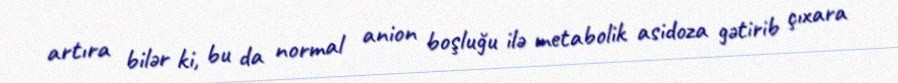
artıra bilər ki, bu da normal anion boşluğu ilə metabolik asidoza gətirib çıxara